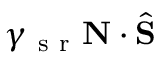
\gamma _ { \mathrm { ~ s ~ r ~ } } \mathbf { N } \cdot \hat { \mathbf { S } }